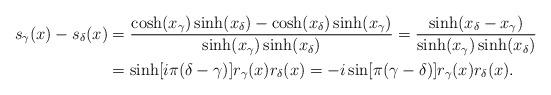
LaTeX: \begin{align*}s_\gamma(x)-s_\delta(x)&=\frac{\cosh(x_\gamma)\sinh(x_\delta)-\cosh(x_\delta)\sinh(x_\gamma)}{\sinh(x_\gamma)\sinh(x_\delta)}=\frac{\sinh(x_\delta-x_\gamma)}{\sinh(x_\gamma)\sinh(x_\delta)}\\&=\sinh[i\pi(\delta-\gamma)]r_\gamma(x)r_\delta(x)=-i\sin[\pi(\gamma-\delta)]r_\gamma(x)r_\delta(x).\end{align*}